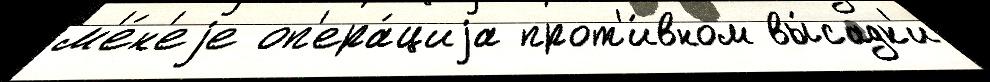
м'е́н'еjе оп'ера́циjа прот'и́вном вы́садк'и